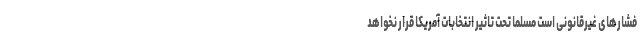
فشارهای غیرقانونی است مسلما تحت تاثیر انتخابات آمریکا قرار نخواهد